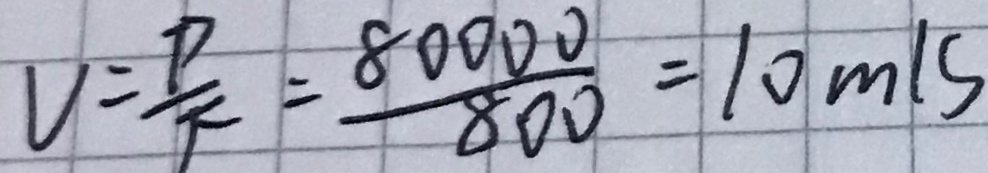
V = \frac { P } { F } = \frac { 8 0 0 0 0 } { 8 0 0 } = 1 0 m / s